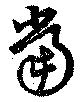
當